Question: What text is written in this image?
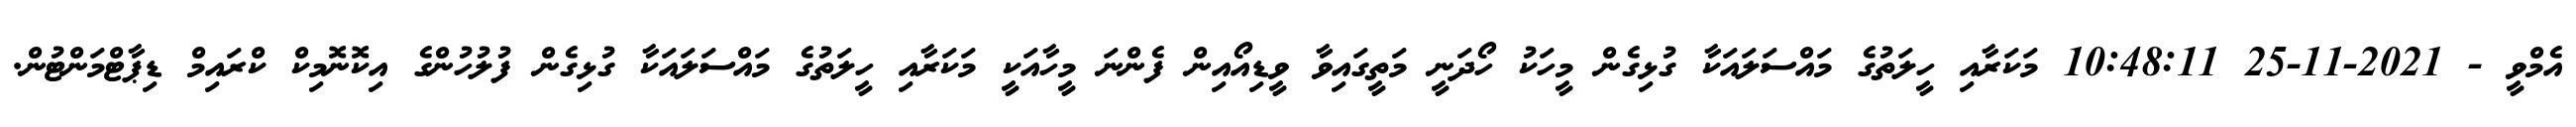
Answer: އެމްވީ - 2021-11-25 10:48:11 މަކަރާއި ހީލަތުގެ މައްސަލައަކާ ގުޅިގެން މީހަކު ހޯދަނީ މަތީގައިވާ ވީޑިއޯއިން ފެންނަ މީހާއަކީ މަކަރާއި ހީލަތުގެ މައްސަލައަކާ ގުޅިގެން ފުލުހުންގެ އިކޮނޮމިކް ކްރައިމް ޑިޕާޓްމަންޓުން.